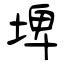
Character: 埤